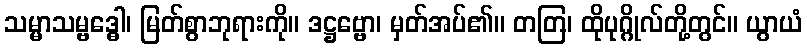
သမ္မာသမ္ဗဒ္ဓေါ၊ မြတ်စွာဘုရားကို။ ဒဋ္ဌဗ္ဗော၊ မှတ်အပ်၏။ တတြ၊ ထိုပုဂ္ဂိုလ်တို့တွင်။ ယွာယံ